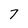
Character: 7